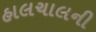
હાલચાલની